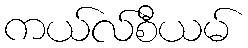
ကယ်လ်စီယမ်